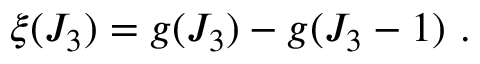
\xi ( J _ { 3 } ) = g ( J _ { 3 } ) - g ( J _ { 3 } - 1 ) ~ .